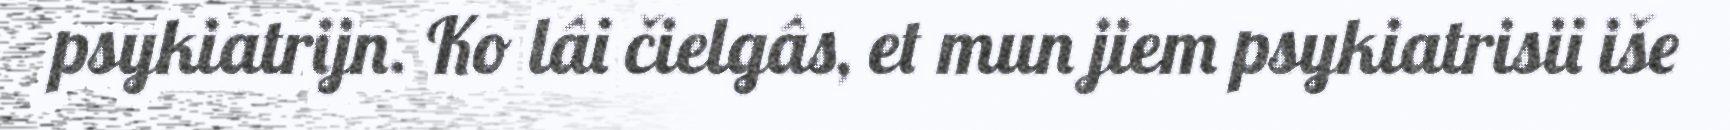
psykiatrijn. Ko lâi čielgâs, et mun jiem psykiatrisii iše